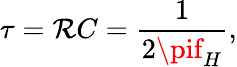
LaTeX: \tau=\mathcal{R}C={\frac{{1}}{{2\pif_{H}}}},